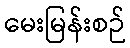
မေးမြန်းစဉ်